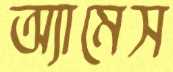
অ্যামেস